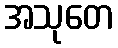
အသုတေ